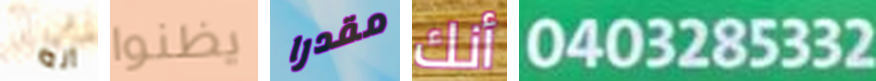
انه يظنوا مقدرا أنك 0403285332